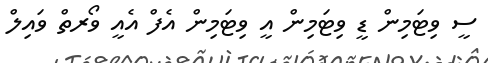
ސީ ވިޓަމިން ޑީ ވިޓަމިން އީ ވިޓަމިން އެފް އެއީ ވޯރތް ވައިލް